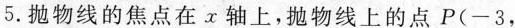
5.抛物线的焦点在x轴上，抛物线上的点P(-3，